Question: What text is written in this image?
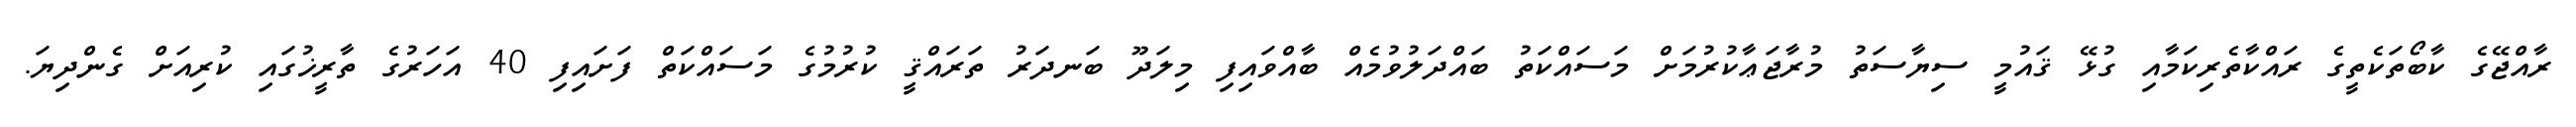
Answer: ރާއްޖޭގެ ކާބޯތަކެތީގެ ރައްކާތެރިކަމާއި ގުޅޭ ޤައުމީ ސިޔާސަތު މުރާޖަޢާކުރުމަށް މަސައްކަތު ބައްދަލުވުމެއް ބާއްވައިފި މިލަދޫ ބަނދަރު ތަރައްޤީ ކުރުމުގެ މަސައްކަތް ފަށައިފި 40 އަހަރުގެ ތާރީޚުގައި ކުރިއަށް ގެންދިޔަ.